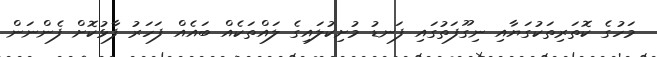
މަހުގެ ކޮތަރިތަކުގަޔާއި ނިގޫފަތުގައި ފަނޑު މުށިކުލައިގެ ލައްތަކެއް ބައެއް ފަހަރު ފާޅުކޮށް ފެންނަން